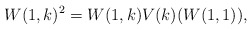
\begin{align*}W(1, k)^2 = W(1, k) V(k)(W(1, 1)),\end{align*}